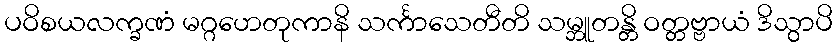
ပဝိစယလက္ခဏံ မဂ္ဂဟေတုကာနိ သင်္ကာသေတီတိ သမ္ဘူတန္တိ ဝတ္တဗ္ဗာယံ ဒိသွာပိ